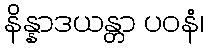
နိန္နာဒယန္တာ ပဝနံ၊